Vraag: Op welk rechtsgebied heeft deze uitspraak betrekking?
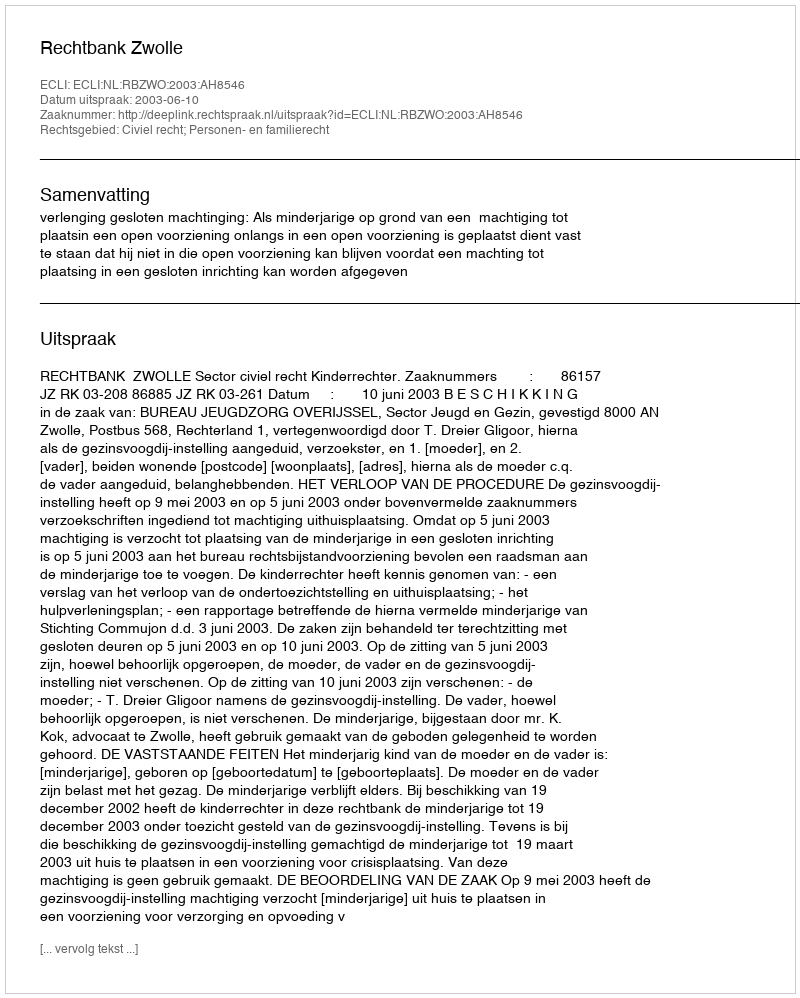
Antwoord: Civiel recht; Personen- en familierecht